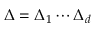
\Delta = \Delta _ { 1 } \cdots \Delta _ { d }